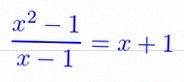
\frac{x^2-1}{x-1}=x+1